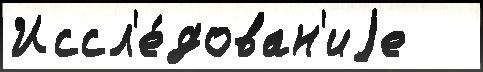
Иссл'е́дован'иjе